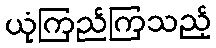
ယုံကြည်ကြသည့်